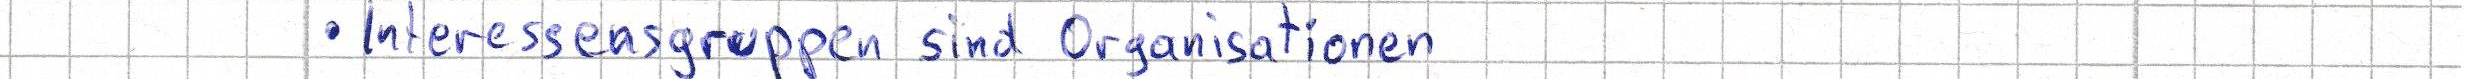
- Interessensgruppen sind Organisationen